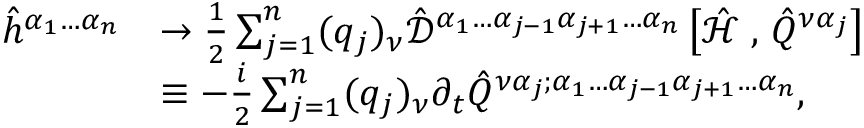
\begin{array} { r l } { \hat { h } ^ { \alpha _ { 1 } \hdots \alpha _ { n } } } & { \to \frac { 1 } { 2 } \sum _ { j = 1 } ^ { n } ( q _ { j } ) _ { \nu } \hat { \mathcal { D } } ^ { \alpha _ { 1 } \hdots \alpha _ { j - 1 } \alpha _ { j + 1 } \hdots \alpha _ { n } } \left[ \hat { \mathcal { H } } \right. , \left. \hat { Q } ^ { \nu \alpha _ { j } } \right] } \\ & { \equiv - \frac { i } { 2 } \sum _ { j = 1 } ^ { n } ( q _ { j } ) _ { \nu } \partial _ { t } \hat { Q } ^ { \nu \alpha _ { j } ; \alpha _ { 1 } \hdots \alpha _ { j - 1 } \alpha _ { j + 1 } \hdots \alpha _ { n } } \mathrm { , } } \end{array}